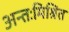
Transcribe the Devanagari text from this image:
अन्तःमिश्रित